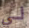
لي